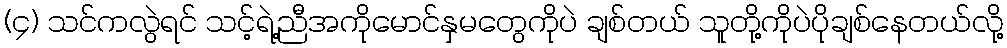
(၄) သင်ကလွဲရင် သင့်ရဲ့ညီအကိုမောင်နှမတွေကိုပဲ ချစ်တယ် သူတို့ကိုပဲပိုချစ်နေတယ်လို့